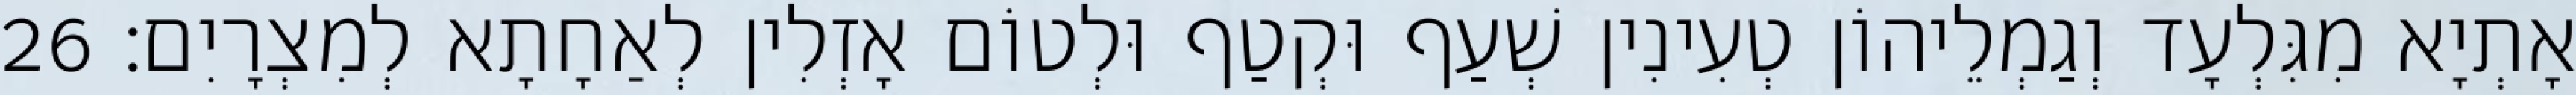
אָתְיָא מִגִּלְעָד וְגַמְלֵיהוֹן טְעִינִין שְׁעַף וּקְטַף וּלְטוֹם אָזְלִין לְאַחָתָא לְמִצְרָיִם׃ 26